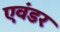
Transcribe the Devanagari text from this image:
एवंडर